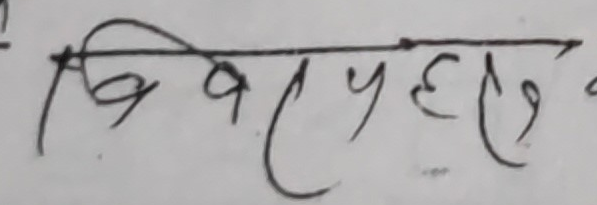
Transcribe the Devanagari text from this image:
विशेषतः